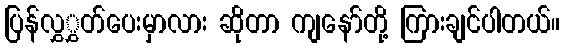
ပြန်လွှွှတ်ပေးမှာလား ဆိုတာ ကျနော်တို့ ကြားချင်ပါတယ်။